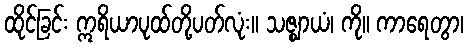
ထိုင်ခြင်း ဣရိယာပုထ်တို့ပတ်လုံး။ သဇ္ဈာယံ၊ ကို။ ကာရေတွာ၊